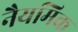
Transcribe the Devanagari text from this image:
नैयमिक